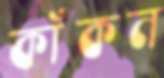
কাঁকন